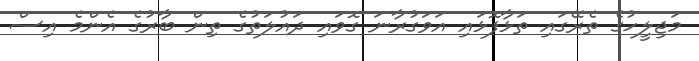
މަޖިލީހުގެ ތެރޭގައި ތަޅާފޮޅައި އަވަގުރާނަ ގޮވައި ދައުލަތުގެ ތިން ބާރުގެ އެންމެ އިސް